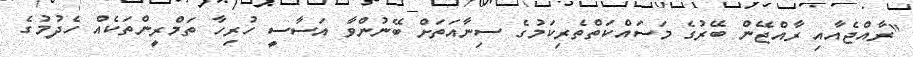
"ރާއްޖެއާއި ރާއްޖޭން ބޭރުގެ މަސައްކަތްތެރިކަމުގެ ސިނާއަަތަށް ބޭނުންވާ އަސާސީ ހުރިހާ ތަމްރީންތަކެއް ހެދުމުގެ